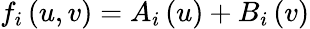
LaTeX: f_{i}\left(u,v\right)=A_{i}\left(u\right)+B_{i}\left(v\right)